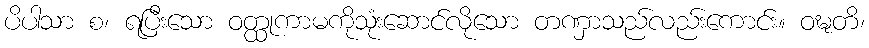
ပိပါသာ စ၊ ရပြီးသော ဝတ္ထုကာမကိုသုံးဆောင်လိုသော တဏှာသည်လည်းကောင်း။ ဝဍ္ဎတိ၊